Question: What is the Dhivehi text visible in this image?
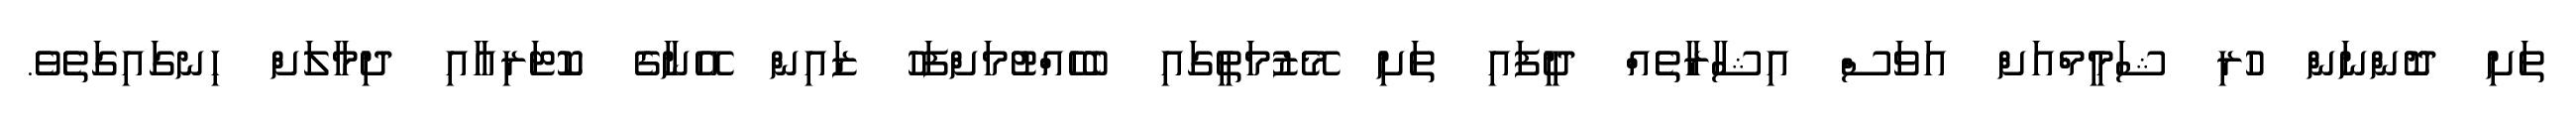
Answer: ތަށި ދޮންނަން ހުރި ޝަމީމްއަށް އަވަސް އިޝާރާތެއް ދީފައި ތަށި މޭޒުމަތީގައި ބެހެއްޓުމަށްފަހު ޒައިން އޭނާގެ ކޮޓަރިއާއި ދިމާލަށް ހިނގައިގަތެވެ.